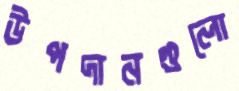
উপদানগুলো